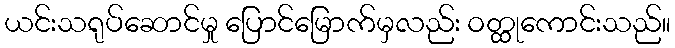
ယင်းသရုပ်ဆောင်မှု ပြောင်မြောက်မှလည်း ဝတ္ထုကောင်းသည်။